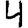
Digit: 4